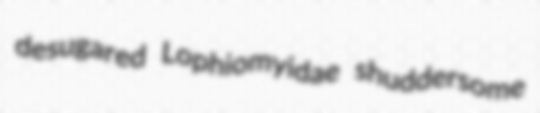
desugared Lophiomyidae shuddersome